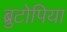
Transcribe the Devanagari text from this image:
ब्रुटोपिया